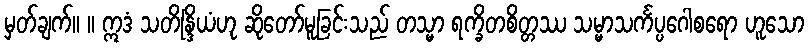
မှတ်ချက်။ ။ ဣဒံ သတိန္ဒြိယံဟု ဆိုတော်မူခြင်းသည် တသ္မာ ရက္ခိတစိတ္တဿ သမ္မာသင်္ကပ္ပဂေါစရော ဟူသော